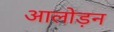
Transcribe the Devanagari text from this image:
आलोड़न